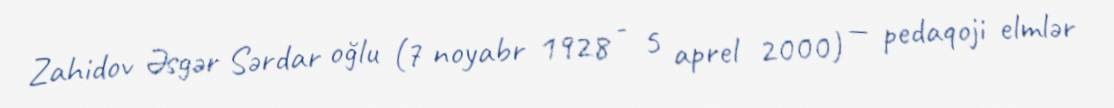
Zahidov Əsgər Sərdar oğlu (7 noyabr 1928 - 5 aprel 2000) — pedaqoji elmlər